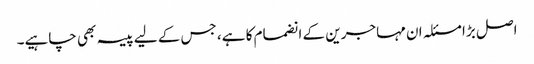
اصل بڑا مسئلہ ان مہاجرین کے انضمام کا ہے، جس کے لیے پیسہ بھی چاہیے۔